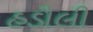
હડૌલી